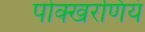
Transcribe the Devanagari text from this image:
पोक्खरणियं